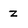
Character: z